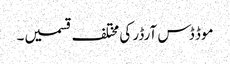
موڈ ڈس آرڈر کی مختلف قسمیں۔